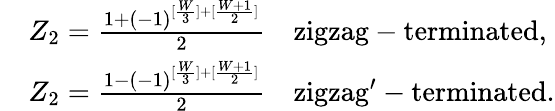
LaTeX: \begin{array}{rl}&{Z_{2}=\frac{1+(-1)^{[\frac{W}{3}]+[\frac{W+1}{2}]}}{2}\quad\mathrm{zigzag-terminated},}\\ &{Z_{2}=\frac{1-(-1)^{[\frac{W}{3}]+[\frac{W+1}{2}]}}{2}\quad\mathrm{zigzag^{\prime}-terminated}.}\end{array}